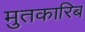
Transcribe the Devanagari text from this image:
मुतकारिब